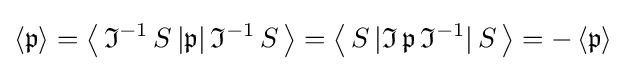
\left\langle {\mathfrak {p}}\right\rangle =\left\langle \,{\mathfrak {I}}^{-1}\,S\,|{\mathfrak {p}}|\,{\mathfrak {I}}^{-1}\,S\,\right\rangle =\left\langle \,S\,|{\mathfrak {I}}\,{\mathfrak {p}}\,{\mathfrak {I}}^{-1}|\,S\,\right\rangle =-\left\langle {\mathfrak {p}}\right\rangle